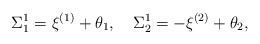
\begin{align*}\Sigma^1_1=\xi^{(1)}+\theta_1,\quad\Sigma^1_2=-\xi^{(2)}+\theta_2,\end{align*}